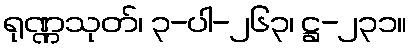
ရုဏ္ဏသုတ်၊ ၃-ပါ-၂၆၃၊ ဋ္ဌ-၂၃၁။